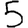
Digit: 5